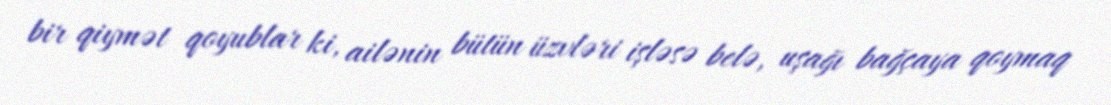
bir qiymət qoyublar ki, ailənin bütün üzvləri işləsə belə, uşağı bağçaya qoymaq